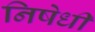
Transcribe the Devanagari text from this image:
निषेधी